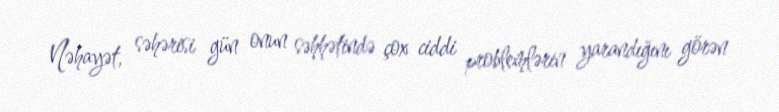
Nəhayət, səhərisi gün onun səhhətində çox ciddi problemlərin yarandığını görən